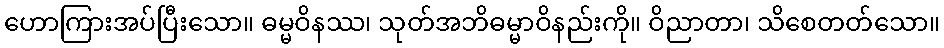
ဟောကြားအပ်ပြီးသော။ ဓမ္မဝိနဿ၊ သုတ်အဘိဓမ္မာဝိနည်းကို။ ဝိညာတာ၊ သိစေတတ်သော။